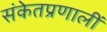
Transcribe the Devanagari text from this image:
संकेतप्रणालीं